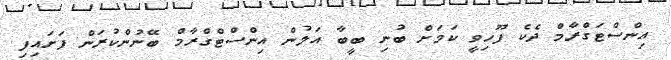
އިންސްޓަގްރާމް ދެކެ ފޫހިވީ ކަމަށް ބުނި ބީބާ އަލުން އިންސްޓްގްރާމް ބޭނުންކުރަން ފަށައިފި